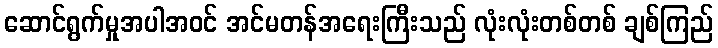
ဆောင်ရွက်မှုအပါအဝင် အင်မတန်အရေးကြီးသည် လုံးလုံးတစ်တစ် ချစ်ကြည်